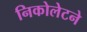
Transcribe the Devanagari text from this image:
निकोलेटने